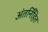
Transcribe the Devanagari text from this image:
अंतर्नि॑हित